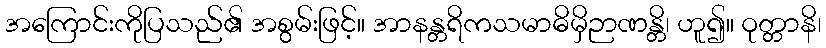
အကြောင်းကိုပြသည်၏ အစွမ်းဖြင့်။ အာနန္တရိကသမာဓိမှိဉာဏန္တိ၊ ဟူ၍။ ဝုတ္တာနိ၊